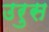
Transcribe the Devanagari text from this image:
उरुस